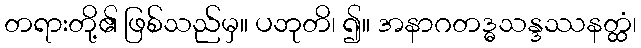
တရားတို့၏ ဖြစ်သည်မှ။ ပဘုတိ၊ ၍။ အနာဂတဒ္ဓသန္ဒဿနတ္ထံ၊